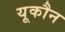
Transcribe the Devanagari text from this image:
यूकौन